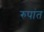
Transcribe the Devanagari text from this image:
रुपांत